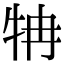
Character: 𤘼